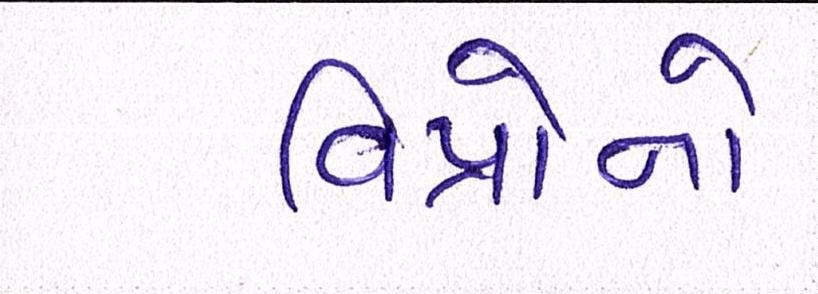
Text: વિપ્રોનો